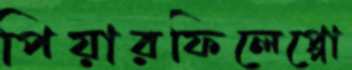
পিয়ারফিলেপ্পো